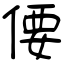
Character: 偠